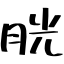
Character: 胱